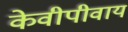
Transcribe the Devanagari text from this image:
केवीपीवाय